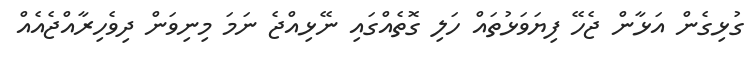
ގުޅިގެން އަޅާން ޖެހޭ ފިޔަވަޅުތައް ހަލި ގޮތެއްގައި ނޭޅިއްޖެ ނަމަ މިނިވަން ދިވެހިރާއްޖެއެއް